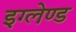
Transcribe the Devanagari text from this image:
इग्‍लेण्‍ड